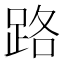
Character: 路